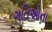
ગતિઓના